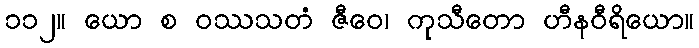
၁၁၂။ ယော စ ဝဿသတံ ဇီဝေ၊ ကုသီတော ဟီနဝီရိယော။